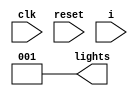
module SingleTailLightsFSM(input clk, input reset, input i, output [2:0] lights);
    reg [1:0] state, nextstate;
    // Encoding states in one-hot-encoding
    parameter OFF = 2'b000;
    parameter E_A = 2'b001;
    parameter E_AB = 2'b010;
    parameter E_ABC = 2'b100;
    // state register
    always @ (posedge clk, posedge reset)
        if(reset) state <= OFF;
        else state <= nextstate;
    always @(*) // next state logic
        case (state)
            OFF: if(i) nextstate = E_A;
                else nextstate = OFF;
            E_A: nextstate = E_AB;
            E_AB: nextstate = E_ABC;
            E_ABC: nextstate = OFF;
            default: nextstate = OFF;
		endcase
		// output logic
        assign lights[0] = E_A + E_AB + E_ABC;
        assign lights[1] = E_AB + E_ABC;    
        assign lights[2] = E_ABC;    
endmodule